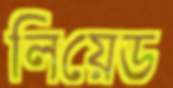
লিয়েড